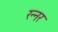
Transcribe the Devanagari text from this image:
रन्नर